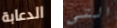
الدعابة التي